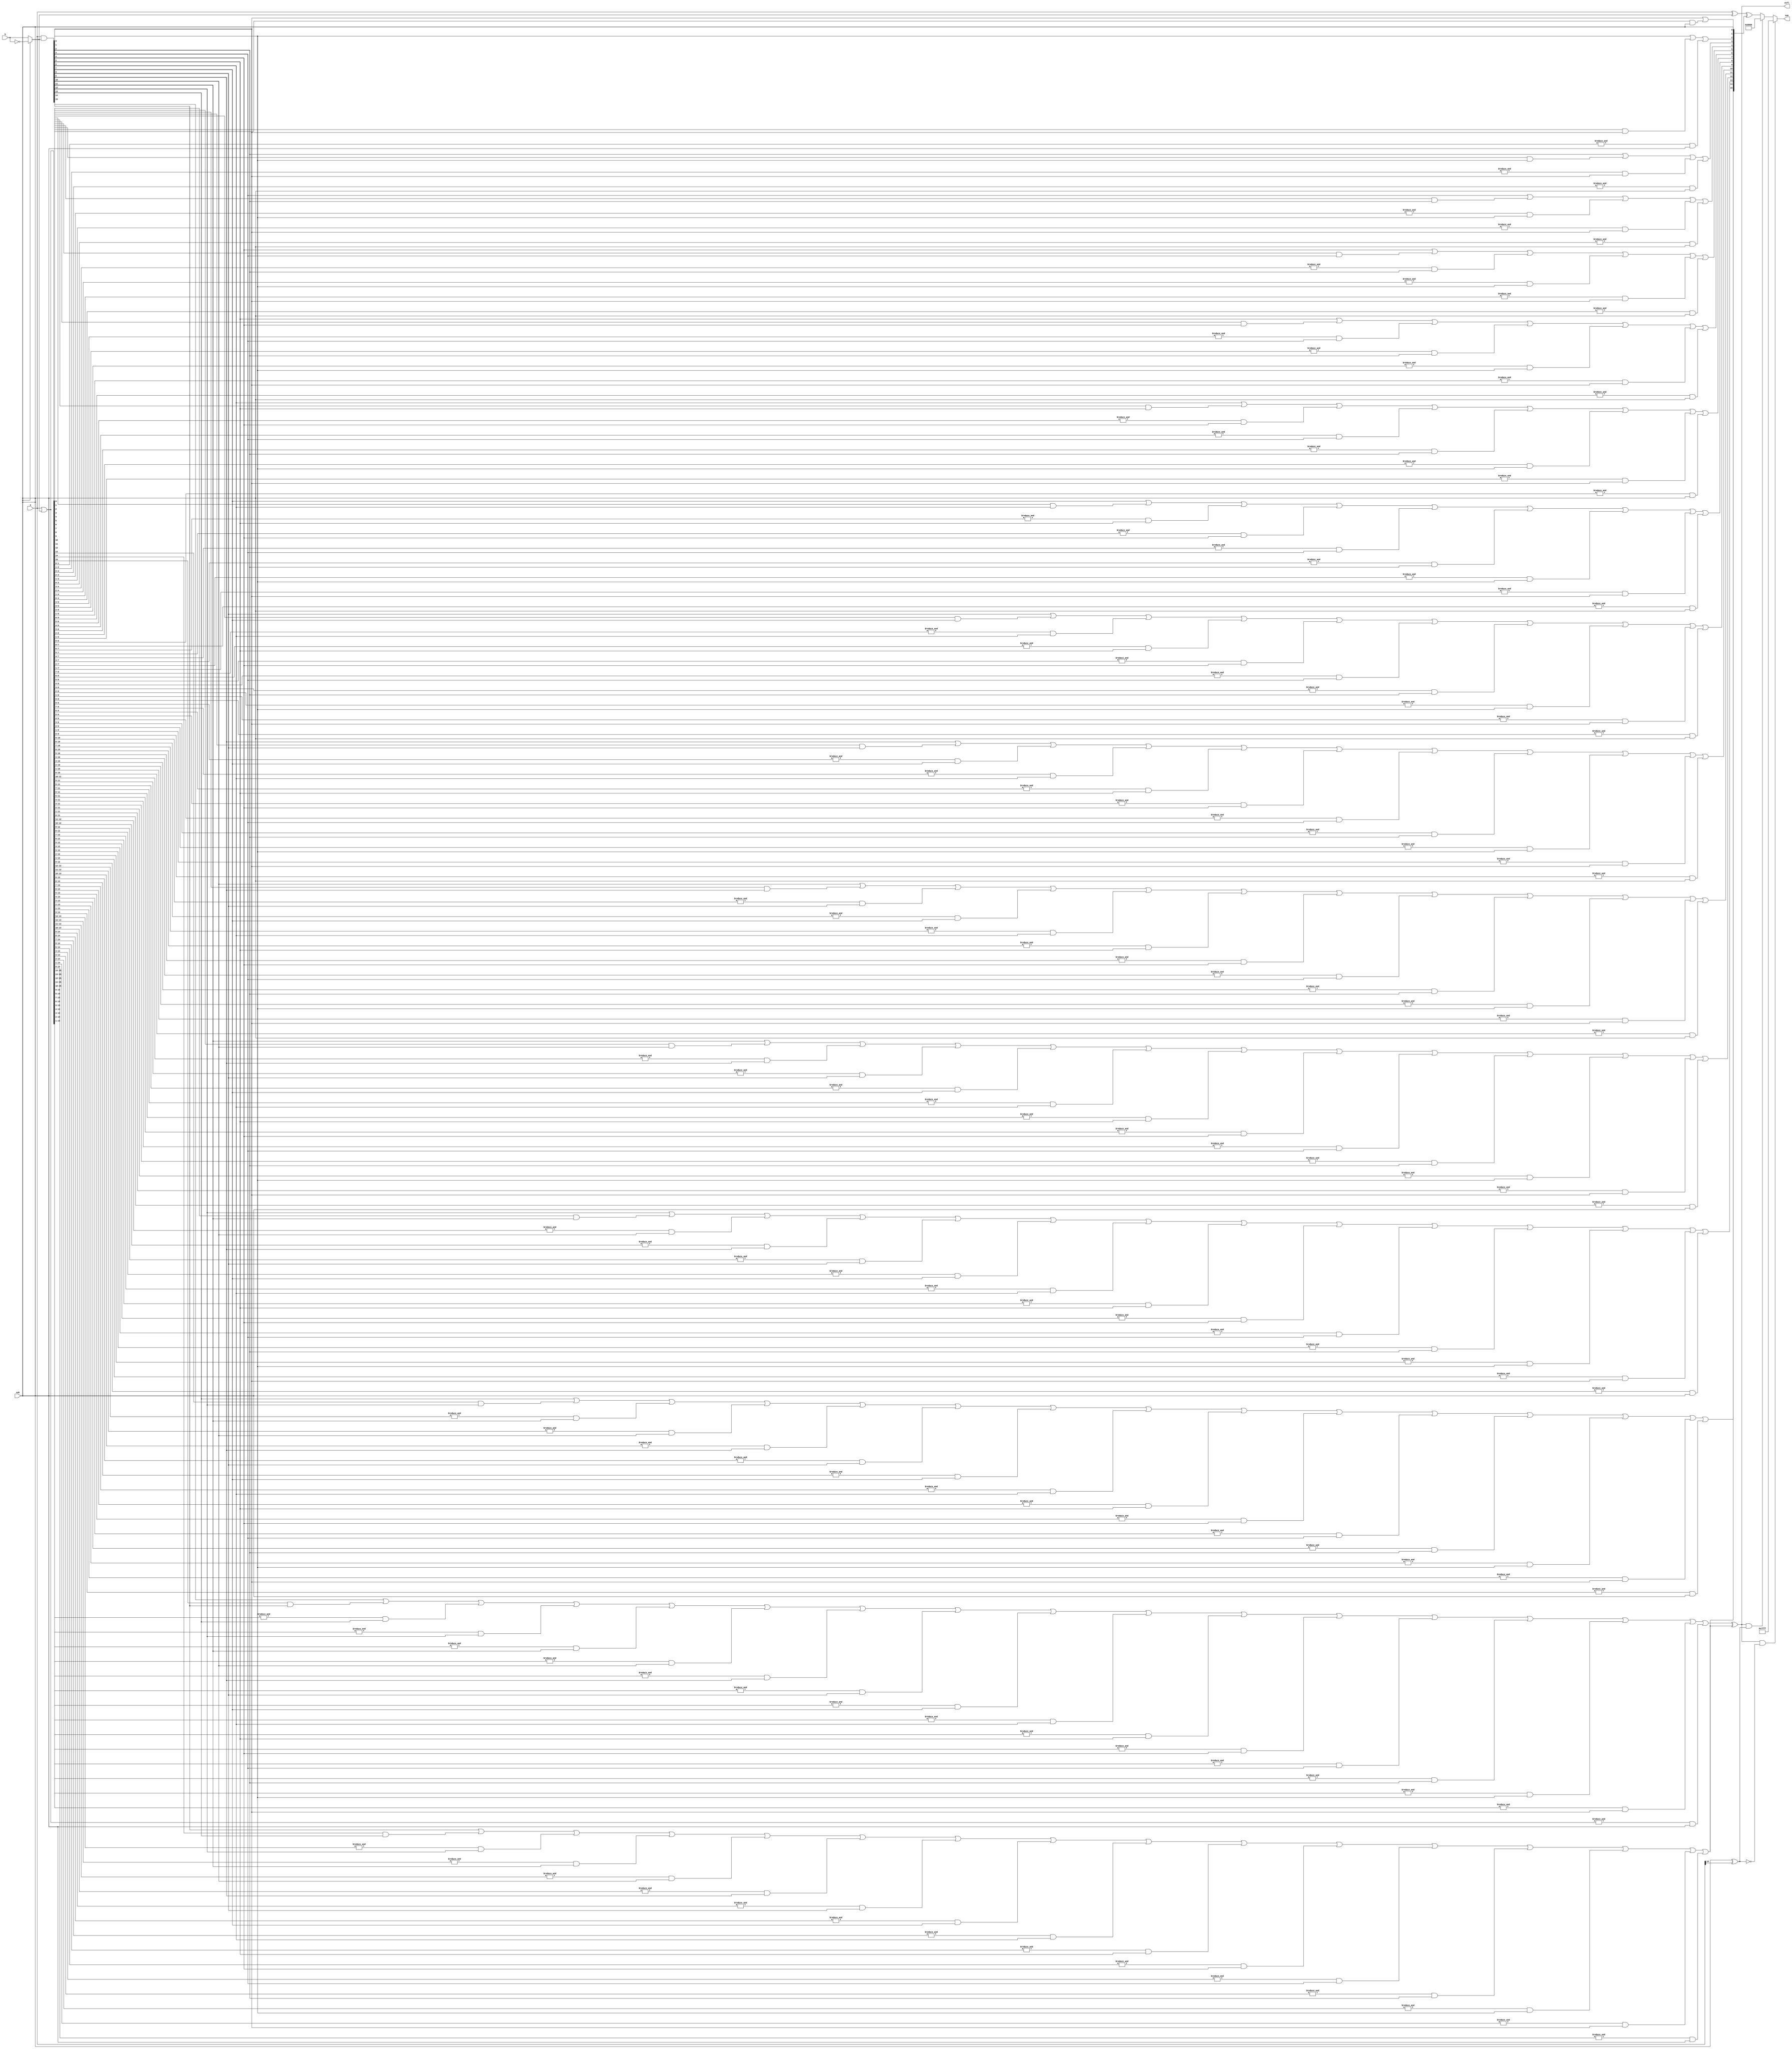
module Add16(a, b, sub, sum, ovfl);

    input [15:0] a;
    input [15:0] b;
    input sub;
    output [15:0] sum;
    output ovfl;

    wire [15:0] G; 
    wire [15:0] P; 
    wire [16:0] C; 
    
    wire [15:0] _b = sub ? ~b : b;
    wire [15:0] raw_sum;
    
    assign G = a & _b;
    assign P = a | _b;
    
    assign C[0] = sub;
    assign C[1] = G[0] | (P[0] & C[0]);
    assign C[2] = G[1] | (P[1] & G[0]) | (&P[1:0] & C[0]);
    assign C[3] = G[2] | (P[2] & G[1]) | (&P[2:1] & G[0]) | (&P[2:0] & C[0]);
    assign C[4] = G[3] | (P[3] & G[2]) | (&P[3:2] & G[1]) | (&P[3:1] & G[0]) | (&P[3:0] & C[0]);
    assign C[5] = G[4] | (P[4] & G[3]) | (&P[4:3] & G[2]) | (&P[4:2] & G[1]) | (&P[4:1] & G[0]) | (&P[4:0] & C[0]);
    assign C[6] = G[5] | (P[5] & G[4]) | (&P[5:4] & G[3]) | (&P[5:3] & G[2]) | (&P[5:2] & G[1]) | (&P[5:1] & G[0]) | (&P[5:0] & C[0]);
    assign C[7] = G[6] | (P[6] & G[5]) | (&P[6:5] & G[4]) | (&P[6:4] & G[3]) | (&P[6:3] & G[2]) | (&P[6:2] & G[1]) | (&P[6:1] & G[0]) | (&P[6:0] & C[0]);
    assign C[8] = G[7] | (P[7] & G[6]) | (&P[7:6] & G[5]) | (&P[7:5] & G[4]) | (&P[7:4] & G[3]) | (&P[7:3] & G[2]) | (&P[7:2] & G[1]) | (&P[7:1] & G[0]) | (&P[7:0] & C[0]);
    assign C[9] = G[8] | (P[8] & G[7]) | (&P[8:7] & G[6]) | (&P[8:6] & G[5]) | (&P[8:5] & G[4]) | (&P[8:4] & G[3]) | (&P[8:3] & G[2]) | (&P[8:2] & G[1]) | (&P[8:1] & G[0]) | (&P[8:0] & C[0]);
    assign C[10] = G[9] | (P[9] & G[8]) | (&P[9:8] & G[7]) | (&P[9:7] & G[6]) | (&P[9:6] & G[5]) | (&P[9:5] & G[4]) | (&P[9:4] & G[3]) | (&P[9:3] & G[2]) | (&P[9:2] & G[1]) | (&P[9:1] & G[0]) | (&P[9:0] & C[0]);
    assign C[11] = G[10] | (P[10] & G[9]) | (&P[10:9] & G[8]) | (&P[10:8] & G[7]) | (&P[10:7] & G[6]) | (&P[10:6] & G[5]) | (&P[10:5] & G[4]) | (&P[10:4] & G[3]) | (&P[10:3] & G[2]) | (&P[10:2] & G[1]) | (&P[10:1] & G[0]) | (&P[10:0] & C[0]);
    assign C[12] = G[11] | (P[11] & G[10]) | (&P[11:10] & G[9]) | (&P[11:9] & G[8]) | (&P[11:8] & G[7]) | (&P[11:7] & G[6]) | (&P[11:6] & G[5]) | (&P[11:5] & G[4]) | (&P[11:4] & G[3]) | (&P[11:3] & G[2]) | (&P[11:2] & G[1]) | (&P[11:1] & G[0]) | (&P[11:0] & C[0]);
    assign C[13] = G[12] | (P[12] & G[11]) | (&P[12:11] & G[10]) | (&P[12:10] & G[9]) | (&P[12:9] & G[8]) | (&P[12:8] & G[7]) | (&P[12:7] & G[6]) | (&P[12:6] & G[5]) | (&P[12:5] & G[4]) | (&P[12:4] & G[3]) | (&P[12:3] & G[2]) | (&P[12:2] & G[1]) | (&P[12:1] & G[0]) | (&P[12:0] & C[0]);
    assign C[14] = G[13] | (P[13] & G[12]) | (&P[13:12] & G[11]) | (&P[13:11] & G[10]) | (&P[13:10] & G[9]) | (&P[13:9] & G[8]) | (&P[13:8] & G[7]) | (&P[13:7] & G[6]) | (&P[13:6] & G[5]) | (&P[13:5] & G[4]) | (&P[13:4] & G[3]) | (&P[13:3] & G[2]) | (&P[13:2] & G[1]) | (&P[13:1] & G[0]) | (&P[13:0] & C[0]);
    assign C[15] = G[14] | (P[14] & G[13]) | (&P[14:13] & G[12]) | (&P[14:12] & G[11]) | (&P[14:11] & G[10]) | (&P[14:10] & G[9]) | (&P[14:9] & G[8]) | (&P[14:8] & G[7]) | (&P[14:7] & G[6]) | (&P[14:6] & G[5]) | (&P[14:5] & G[4]) | (&P[14:4] & G[3]) | (&P[14:3] & G[2]) | (&P[14:2] & G[1]) | (&P[14:1] & G[0]) | (&P[14:0] & C[0]);
    assign C[16] = G[15] | (P[15] & G[14]) | (&P[15:14] & G[13]) | (&P[15:13] & G[12]) | (&P[15:12] & G[11]) | (&P[15:11] & G[10]) | (&P[15:10] & G[9]) | (&P[15:9] & G[8]) | (&P[15:8] & G[7]) | (&P[15:7] & G[6]) | (&P[15:6] & G[5]) | (&P[15:5] & G[4]) | (&P[15:4] & G[3]) | (&P[15:3] & G[2]) | (&P[15:2] & G[1]) | (&P[15:1] & G[0]) | (&P[15:0] & C[0]);

    assign raw_sum = a ^ _b ^ C[15:0];
    assign ovfl = C[16] ^ C[15];
    assign sum = ovfl & !(sub ^ a[15]) ? 16'h7FFF : // Saturate to 32767 for positive overflow
                 ovfl & (sub ^ a[15]) ? 16'h8000 : // Saturate to -32768 for negative overflow
                 raw_sum; // No overflow

endmodule

module Add4(a, b, sub, sum, ovfl);

    input [3:0] a;
    input [3:0] b;
    input sub;
    output [3:0] sum;
    output ovfl;

    wire [3:0] G; 
    wire [3:0] P; 
    wire [4:0] C; 
    
    wire [3:0] _b = sub ? ~b : b;
    wire [3:0] raw_sum;
    
    assign G = a & _b;
    assign P = a | _b;
    
    assign C[0] = sub;
    assign C[1] = G[0] | (P[0] & C[0]);
    assign C[2] = G[1] | (P[1] & G[0]) | (&P[1:0] & C[0]);
    assign C[3] = G[2] | (P[2] & G[1]) | (&P[2:1] & G[0]) | (&P[2:0] & C[0]);
    assign C[4] = G[3] | (P[3] & G[2]) | (&P[3:2] & G[1]) | (&P[3:1] & G[0]) | (&P[3:0] & C[0]);

    assign raw_sum = a ^ _b ^ C[3:0];
    assign ovfl = C[4] ^ C[3];
    assign sum = ovfl & !(sub ^ a[3]) ? 4'h7 : // Saturate to 7 for positive overflow
                 ovfl & (sub ^ a[3]) ? 4'h8 : // Saturate to -8 for negative overflow
                 raw_sum; // No overflow

endmodule